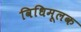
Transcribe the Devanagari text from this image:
विधिमूलक